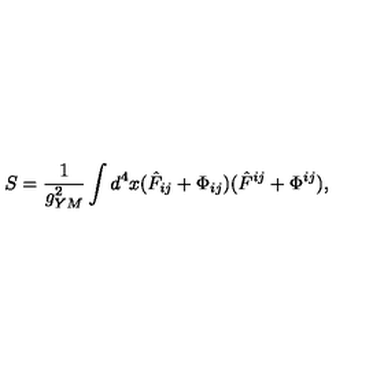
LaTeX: S = \frac { 1 } { g _ { Y M } ^ { 2 } } \int d ^ { 4 } x ( \hat { F } _ { i j } + \Phi _ { i j } ) ( \hat { F } ^ { i j } + \Phi ^ { i j } ) ,